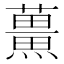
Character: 𮒡